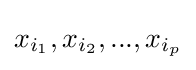
x_{i_{1}},x_{i_{2}},...,x_{i_{p}}